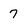
Character: 7